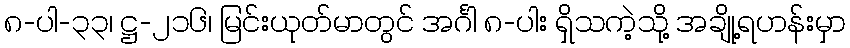
၈-ပါ-၃၃၊ ဋ္ဌ-၂၁၆၊ မြင်းယုတ်မာတွင် အင်္ဂါ ၈-ပါး ရှိသကဲ့သို့ အချို့ရဟန်းမှာ